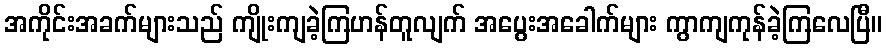
အကိုင်းအခက်များသည် ကျိုးကျခဲ့ကြဟန်တူလျက် အပွေးအခေါက်များ ကွာကျကုန်ခဲ့ကြလေပြီ။